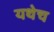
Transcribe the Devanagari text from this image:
यथेच